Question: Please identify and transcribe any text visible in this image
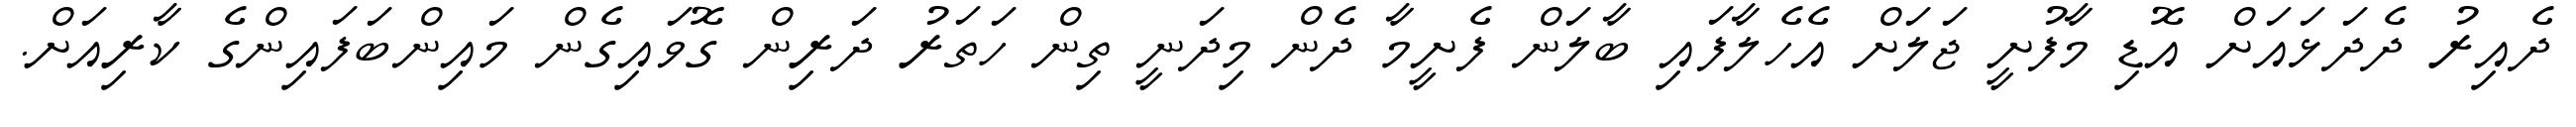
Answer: ދެއިރު ދެދަޅައަށް އޮޑި މާފުށީ ޖަލަށް އެހެލާފައި ބާލަން ފެށީމާ ދެން މިދަނީ ތިން ހަތަރު ދަރިން ގޮވައިގެން މައިންބަފައިންގެ ކާރިއަށް.